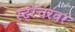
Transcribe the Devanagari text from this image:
स्ट्रेचरवर